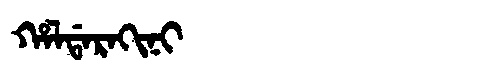
Manchu: ᡥᠠᠯᡩᠠᡵᠠᡴᡳᠨᡳ
Romanization: HALDARAKINI